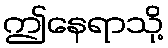
ဤနေရာသို့